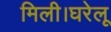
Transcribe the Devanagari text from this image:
मिली।घरेलू